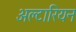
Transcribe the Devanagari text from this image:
अल्टारियन